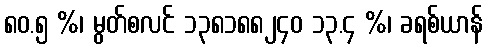
၈၀.၅ %၊ မွတ်စလင် ၁၃၈၁၈၈၂၄၀ ၁၃.၄ %၊ ခရစ်ယာန်